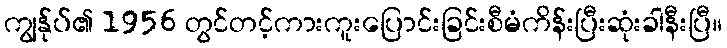
ကျွန်ုပ်၏ 1956 တွင်တင့်ကားကူးပြောင်းခြင်းစီမံကိန်းပြီးဆုံးခါနီးပြီ။